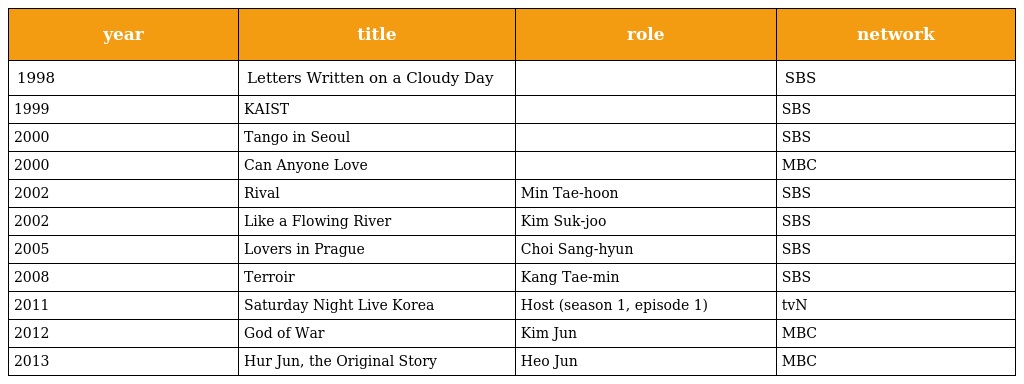
| year | title | role | network |
 | --- | --- | --- | --- |
 | 1998 | Letters Written on a Cloudy Day |  | SBS |
 | 1999 | KAIST |  | SBS |
 | 2000 | Tango in Seoul |  | SBS |
 | 2000 | Can Anyone Love |  | MBC |
 | 2002 | Rival | Min Tae-hoon | SBS |
 | 2002 | Like a Flowing River | Kim Suk-joo | SBS |
 | 2005 | Lovers in Prague | Choi Sang-hyun | SBS |
 | 2008 | Terroir | Kang Tae-min | SBS |
 | 2011 | Saturday Night Live Korea | Host (season 1, episode 1) | tvN |
 | 2012 | God of War | Kim Jun | MBC |
 | 2013 | Hur Jun, the Original Story | Heo Jun | MBC |